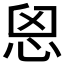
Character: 𢙦